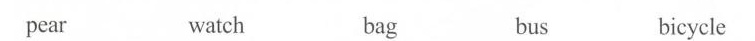
pear watch bug bus bicycle